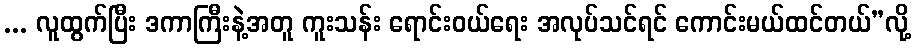
... လူထွက်ပြီး ဒကာကြီးနဲ့အတူ ကူးသန်း ရောင်းဝယ်ရေး အလုပ်သင်ရင် ကောင်းမယ်ထင်တယ်”လို့